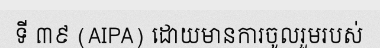
ទី ៣៩ (AIPA) ដោយមានការចូលរួមរបស់